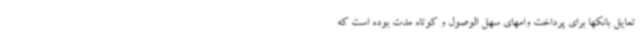
تمایل بانکها برای پرداخت وامهای سهل الوصول و کوتاه مدت بوده است که